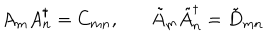
A _ { m } A _ { n } ^ { \dagger } = C _ { m n } , \tilde { A } _ { m } \tilde { A } _ { n } ^ { \dagger } = \tilde { D } _ { m n }